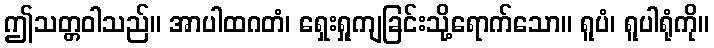
ဤသတ္တဝါသည်။ အာပါထဂတံ၊ ရှေးရှုကျခြင်းသို့ရောက်သော။ ရူပံ၊ ရူပါရုံကို။